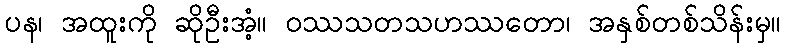
ပန၊ အထူးကို ဆိုဦးအံ့။ ဝဿသတသဟဿတော၊ အနှစ်တစ်သိန်းမှ။